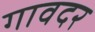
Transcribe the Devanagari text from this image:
गावदर